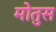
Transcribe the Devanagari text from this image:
मोतुस